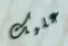
عليك